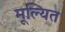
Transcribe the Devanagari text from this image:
मूल्यित